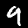
Label: 9